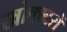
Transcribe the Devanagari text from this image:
खोक्खरों